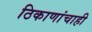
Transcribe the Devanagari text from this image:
ठिकाणांचाही